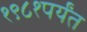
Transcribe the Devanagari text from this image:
१९८१पर्यंत